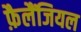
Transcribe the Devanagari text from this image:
फ़ैलैंजियल